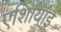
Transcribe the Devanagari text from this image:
एशिायाई